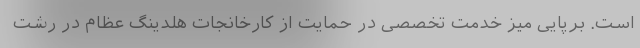
است. برپایی میز خدمت تخصصی در حمایت از کارخانجات هلدینگ عظام در رشت